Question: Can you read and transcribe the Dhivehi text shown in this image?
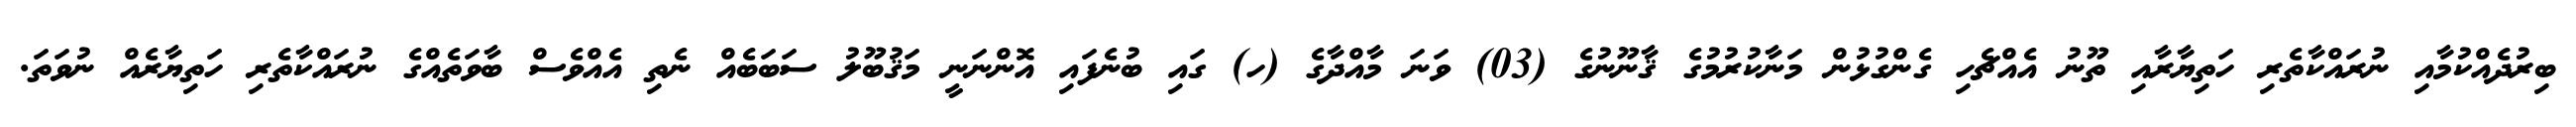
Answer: ބިރުދެއްކުމާއި ނުރައްކާތެރި ހަތިޔާރާއި ތޫނު އެއްޗެހި ގެންގުޅުން މަނާކުރުމުގެ ޤާނޫނުގެ (03) ވަނަ މާއްދާގެ (ހ) ގައި ބުނެފައި އޮންނަނީ މަޤުބޫލު ސަބަބެއް ނެތި އެއްވެސް ބާވަތެއްގެ ނުރައްކާތެރި ހަތިޔާރެއް ނުވަތަ.